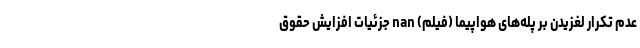
عدم تکرار لغزیدن بر پله‌های هواپیما (فیلم) nan جزئیات افزایش حقوق